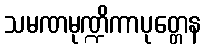
သမဏမုဏ္ဍိကာပုတ္တေန